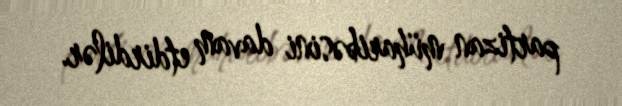
partizan müharibəsini davam etdirdilər.